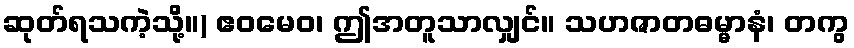
ဆုတ်ရသကဲ့သို့။) ဧဝမေဝ၊ ဤအတူသာလျှင်။ သဟဇာတဓမ္မာနံ၊ တကွ